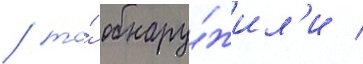
/ то́ обнару́жил'и /